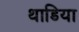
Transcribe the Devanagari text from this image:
थाडिया